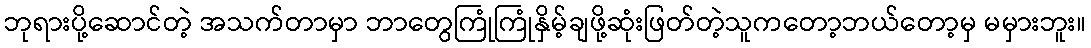
ဘုရားပို့ဆောင်တဲ့ အသက်တာမှာ ဘာတွေကြုံကြုံနှိမ့်ချဖို့ဆုံးဖြတ်တဲ့သူကတော့ဘယ်တော့မှ မမှားဘူး။